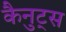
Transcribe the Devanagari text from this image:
कैनुट्स